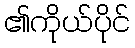
၏ကိုယ်ပိုင်